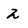
Character: 2